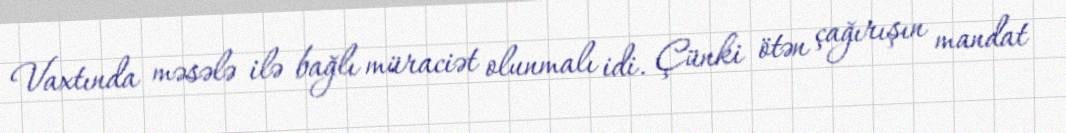
Vaxtında məsələ ilə bağlı müraciət olunmalı idi. Çünki ötən çağırışın mandat